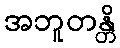
အဘူတန္တိ